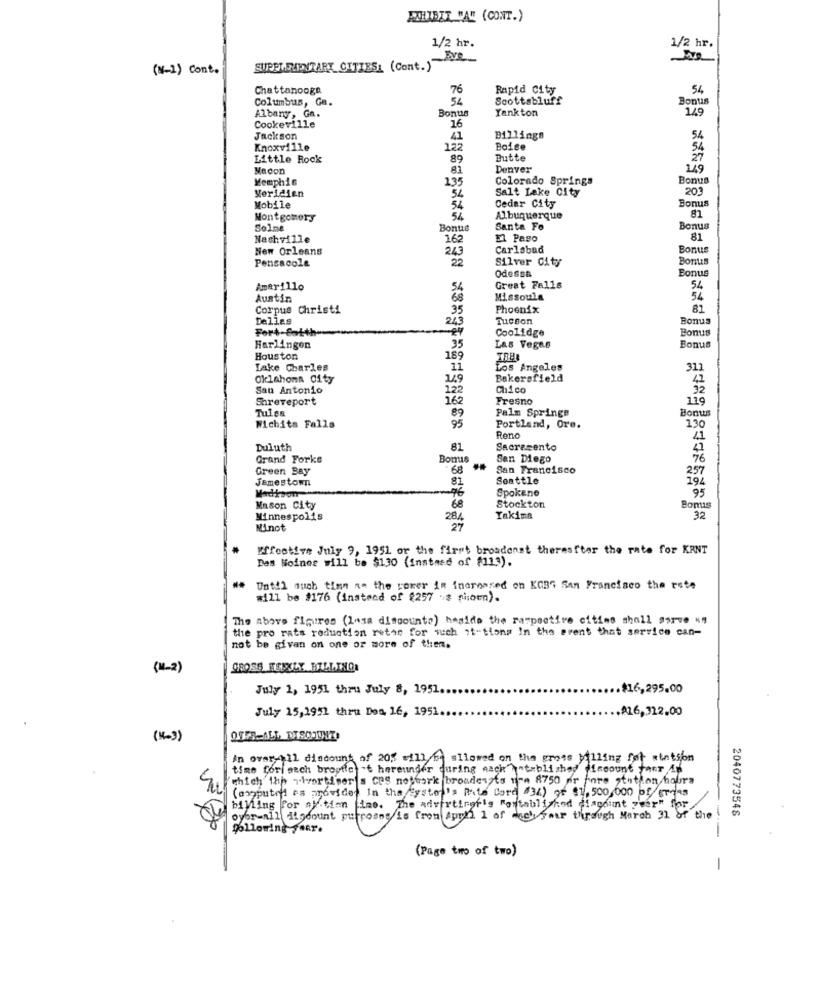
EXHIBIT "A" (CONT.)
1/2 hr.
1/2 hr.
(N-1) Cont.
SUPPLEMENTARY CITIES: (Cont.)"
Chattanooga
76
Rapid City
54
Columbus, Ga.
54
Scottsbluff
Bonus
Bonus
Yankton
149
Albany, Ga.
Cookeville
16
Jackson
41
Billinge
54
Knoxville
122
Boise
54
Little Rock
89
Butte
27
Macon
81
Denver
149
Memphis
135
Colorado Springs
Bonus
Meridien
54
Salt Lake City
203
Bonus
Mobile
54
Cedar City
Montgomery
Albuquerque
81
Solme
Bonue
Santa Fo
Bonus
Nashville
162
El Pago
81
New Orleans
243
Carlsbad
Bonus
Pensacole
22
Silver City
Bontis
Odessa
Bonus
Amarillo
Great Falls
54
Austin
Missoula
54
Corpus Christi
35
Phoenix
81
Dellas
2/3
Tucson
Bonus
Fort-Satt
Coolidge
Bonus
35
Harlingen
Las Vegas
Bonus
Houston
189
TRES
Lake Charles
11
Los Angeles
311
Oklahoma City
149
Bakersfield
San Antonio
122
Chico
32
Shreveport
162
Fresno
119
Tulea
Palm Springs
Bonus
89
95
130
Wichita Falls
Portland, Ore.
Reno
41
Duluth
81
Sacramento
41
Grand Forks
Bomis
San Diego
76
Green Bay
68
San Francisco
257
Jamestown
81
Seattle
194
96
Spokane
95
Mason City
68
Stockton
Bomis
Minnespolis
284
Yakima
32
Minot
27
Fffootive July 9, 1951 or the first broadenst theresfter the rate for KANT
Des Moines will be $130 (instned of $113).
## Until such timm a. the corer in inerbased on KOBG San Francisco the rete
#111 be #176 (instead of $257 & pisown).
The above figures (lasa discounts) hasido the raspactive citing shall porve kn
the pro rats roduction retan for wuch it"tions In the erent that service can-
not be givan on one or more of them.
GROSS HENKLY BILLTHOR
July 1, 1951 thru July 8, 1951
$16,295.00
July 15, 1951 thru Dos, 16, 1951.
A16,312.00
In over-hil discount of 20; will be allowed on the gross tilling fot station
time fori sech broptic 't hereunder during aack hatablished fincount "her in
which the adwortdeer's CPS network broadcasts na 8750 or fore station hours
( ampute es provider In the System's Faite Card #36) of $1,500,000 of eras
-
billing Por ny.tien ine. The advertirof's "established discount zeer" for
over-all discount purposes is from April 1 of mely your through March 31 of the
2040773548
following FARr.
-
(Page two of two)
-